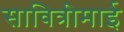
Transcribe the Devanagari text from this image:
सावित्रीमाई